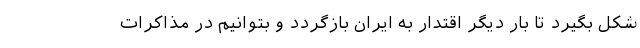
شکل بگیرد تا بار دیگر اقتدار به ایران بازگردد و بتوانیم در مذاکرات